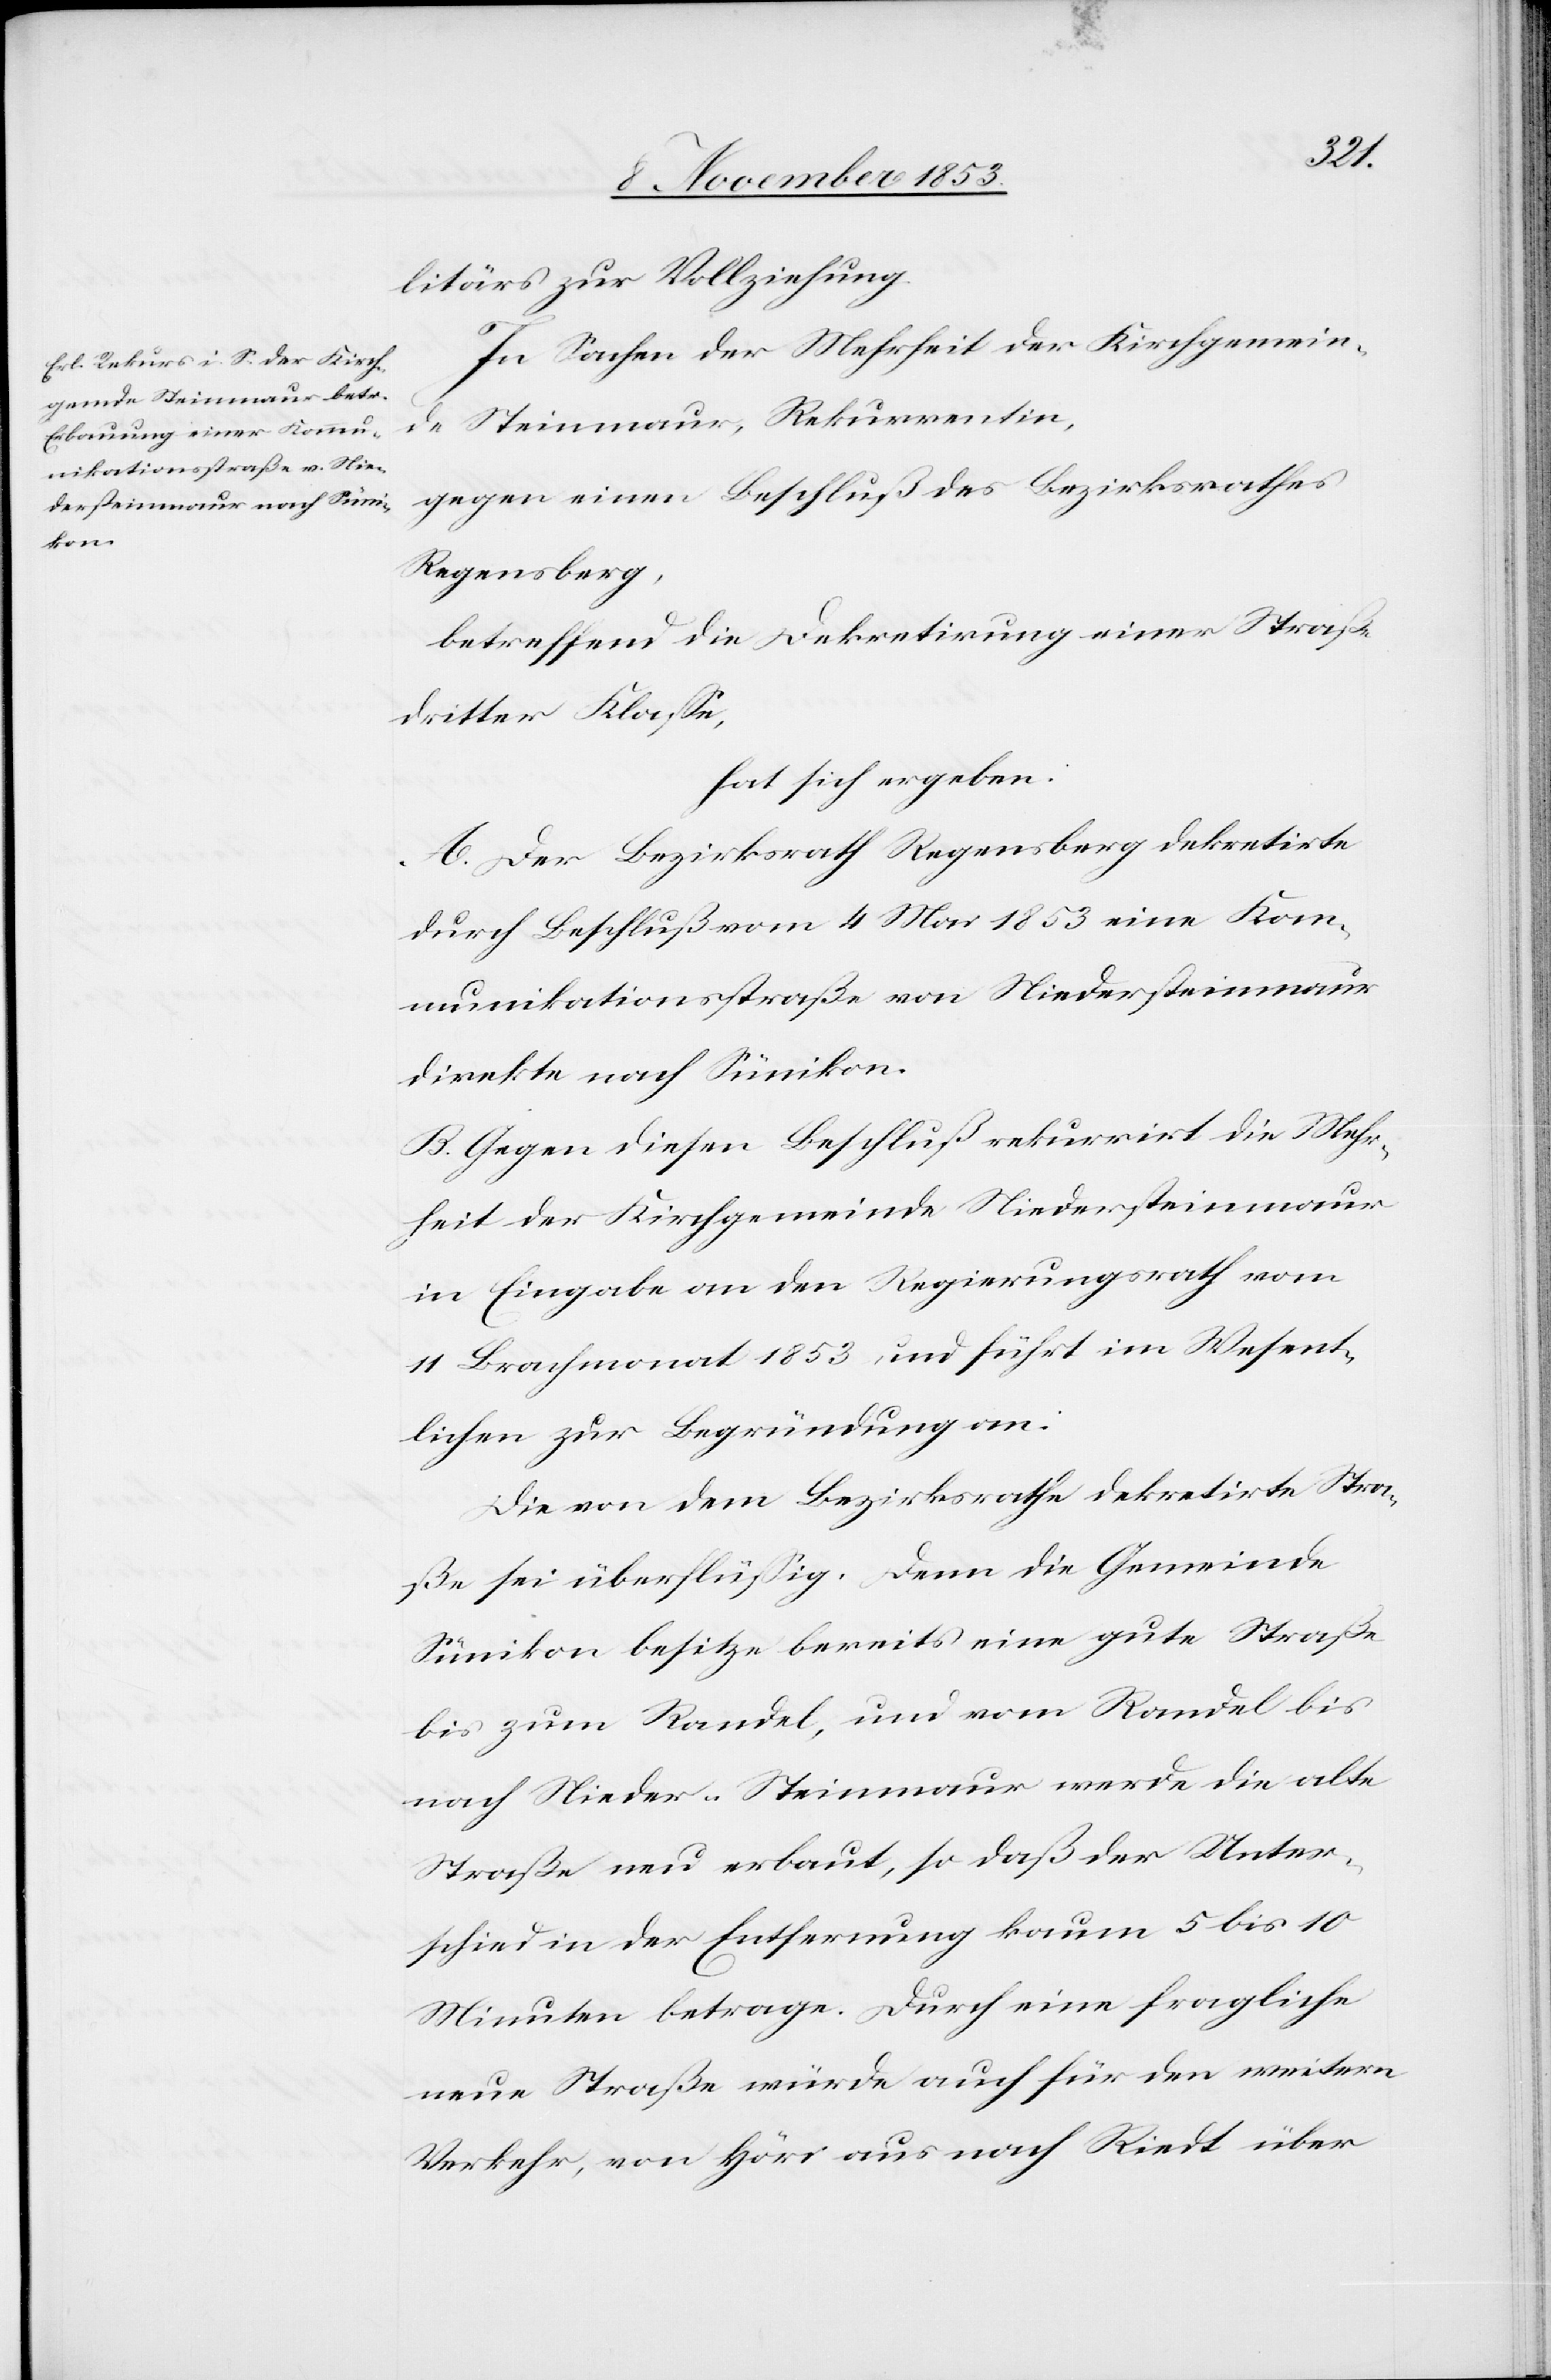
litärs zur Vollziehung.
In Sachen der Mehrheit der Kirchgemein¬
den Steinmaur, Rekurrentin,
gegen einen Beschluß des Bezirksrathes
Regensberg,
betreffend die Dekretirung einer Straße
dritter Klaße,
hat sich ergeben:
A. Der Bezirksrath Regensberg dekretirte
durch Beschluß vom 4 Mai 1853 eine Kom¬
munikationsstraße von Niedersteinmaur
direkte nach Sümikon.
B. Gegen diesen Beschluß rekurrirt die Mehr¬
heit der Kirchgemeinde Niedersteinmaur
in Eingabe an den Regierungsrath vom
11 Brachmonat 1853 und führt im Wesent¬
lichen zur Begründung an:
Die von dem Bezirksrathe dekretirte Stra¬
ße sei überflüßig. Denn die Gemeinde
Sümikon besitze bereits eine gute Straße
bis zum Randel, und vom Randel bis
nach Nieder-Steinmaur werde die alte
Straße neu erbaut, so daß der Unter¬
schied in der Entfernung kaum 5 bis 10
Minuten betrage. Durch eine fragliche
neue Straße würde auch für den weitern
Verkehr, von Höri aus bis nach Riedt über